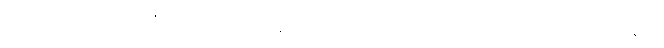
သို့သော် ထိုမှ မကြာမီတွင် အခြေအနေတစ်ခု တိုးလာသည်ကား သုံးဘီးကားတွေ ရန်ကုန်မှာ